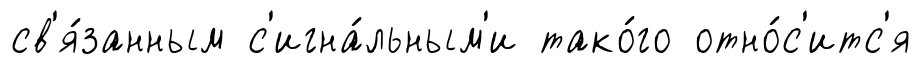
св'я́занным с'игна́льным'и тако́го отно́с'итс'я